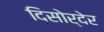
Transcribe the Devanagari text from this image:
दिसोर्देर